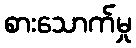
စားသောက်မှု